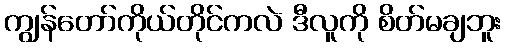
ကျွန်တော်ကိုယ်တိုင်ကလဲ ဒီလူကို စိတ်မချဘူး